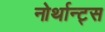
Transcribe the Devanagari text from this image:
नोर्थान्ट्स